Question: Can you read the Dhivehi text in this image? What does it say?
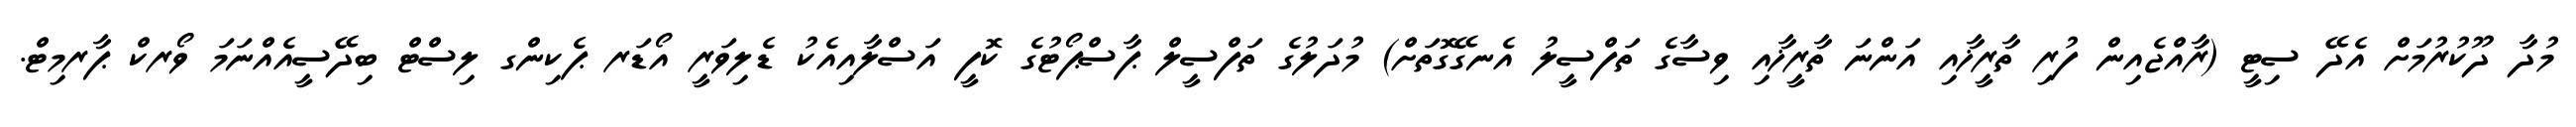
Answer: މުދާ ދޫކުރުމަށް އެދޭ ސިޓީ (ރާއްޖެއިން ފުރި ތާރީޚާއި އަންނަ ތާރީޚާއި ވިސާގެ ތަފްސީލު އެނގޭގޮތަށް) މުދަލުގެ ތަފްސީލް ޕާސްޕޯޓުގެ ކޮފީ އަސްލާއިއެކު ޑެލިވަރީ އޯޑަރ ޕެކިންގ ލިސްޓް ބިދޭސީއެއްނަމަ ވޯރކް ޕާރމިޓް.